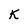
Character: K